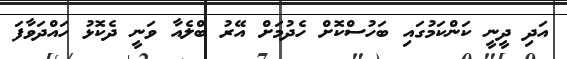
އަދި ދީނީ ކަންކަމުގައި ބަހުސްކޮށް ހެދުމަށް އޭރު ބްލެއާ ވަނީ ދެކޮޅު ހައްދަވާފަ